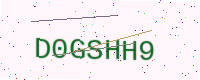
Text: D0GSHH9